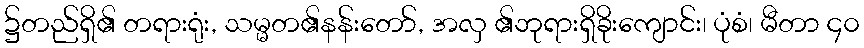
၌တည်ရှိ၏ တရားရုံး, သမ္မတ၏နန်းတော်, အလှ ၏ဘုရားရှိခိုးကျောင်း၊ ပုံစံ၊ မီတာ ၄၀